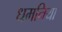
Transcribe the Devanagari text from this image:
धमनिया